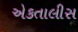
એકતાલીસ